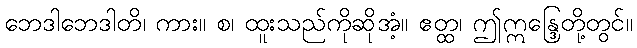
ဘေဒါဘေဒါတိ၊ ကား။ စ၊ ထူးသည်ကိုဆိုအံ့။ ဧတ္ထ၊ ဤဣန္ဒြေတို့တွင်။